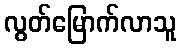
လွတ်မြောက်လာသူ